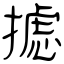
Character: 摅